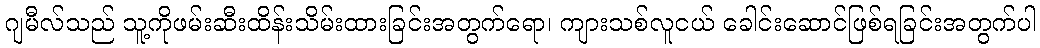
ဂျမီလ်သည် သူ့ကိုဖမ်းဆီးထိန်းသိမ်းထားခြင်းအတွက်ရော၊ ကျားသစ်လူငယ် ခေါင်းဆောင်ဖြစ်ရခြင်းအတွက်ပါ